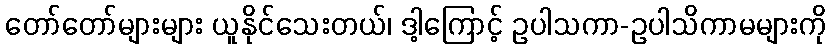
တော်တော်များများ ယူနိုင်သေးတယ်၊ ဒါ့ကြောင့် ဥပါသကာ-ဥပါသိကာမများကို